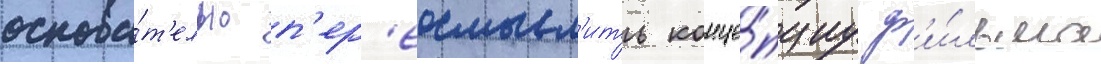
основа́т'ельно п'ер'еосмысл'ить конце́пциу ф'и́льма